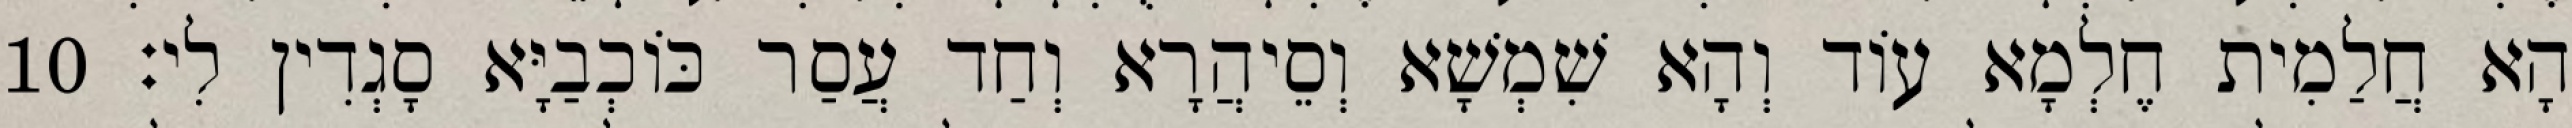
הָא חֲלַמִית חֶלְמָא עוֹד וְהָא שִׁמְשָׁא וְסֵיהֲרָא וְחַד עֲסַר כּוֹכְבַיָּא סָגְדִין לִי׃ 10